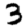
Digit: 3